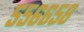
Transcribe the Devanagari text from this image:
५५६६५८